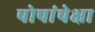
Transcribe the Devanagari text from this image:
पोपांपेक्षा